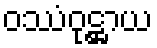
ဝဿံဝုဋ္ဌာယ